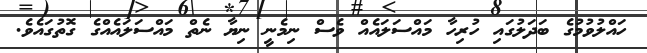
ހައްލުވުމުގެ ބަދަލުގައި ހުރިހާ މައްސަލައެއް ވެސް ނިމެނީ ނިޔާ ނެތް މައްސަލައެއްގެ ގޮތުގައެވެ.